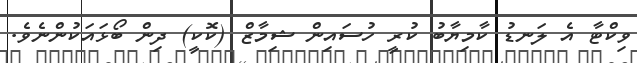
ވިކްޓާ އެ ލަނޑު ކާމިޔާބު ކުރީ ހުސައިން ޝިމާޒް (ކޮކީ) ދިން ބޯޅައަކުންނެވެ.